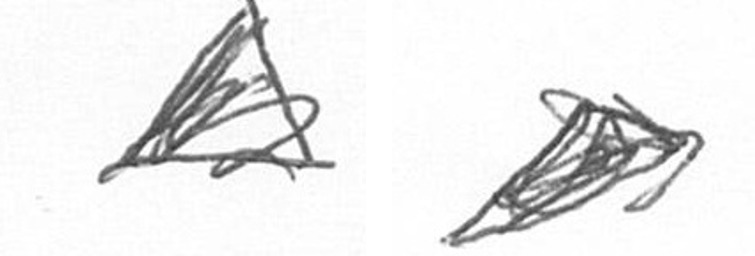
O O